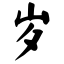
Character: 岁